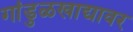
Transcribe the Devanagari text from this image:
गांडुळखाद्यावर